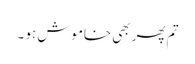
تم پھر بھی خاموش ہو ۔